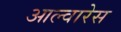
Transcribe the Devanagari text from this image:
आल्वारेस